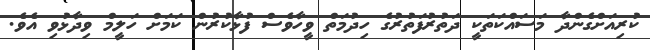
ކުރިއަށްގެންދާ މަސައްކަތަކީ ދަތުރުފަތުރުގެ ހިދުމަތް ވީހާވެސް ފުޅާކުރުން ކަމަށް ހަލީމް ވިދާޅުވި އެވެ.